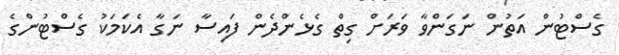
ގެސްޓުން އަތުން ނަގަންވާ ވަރަށް ގިތް ގެޅެންދެން ފައިސާ ނަގާ އެކަމަކު ގެސްޓުންގެ